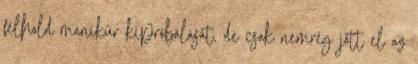
félhold manikűr kipróbálását, de csak nemrég jött el az